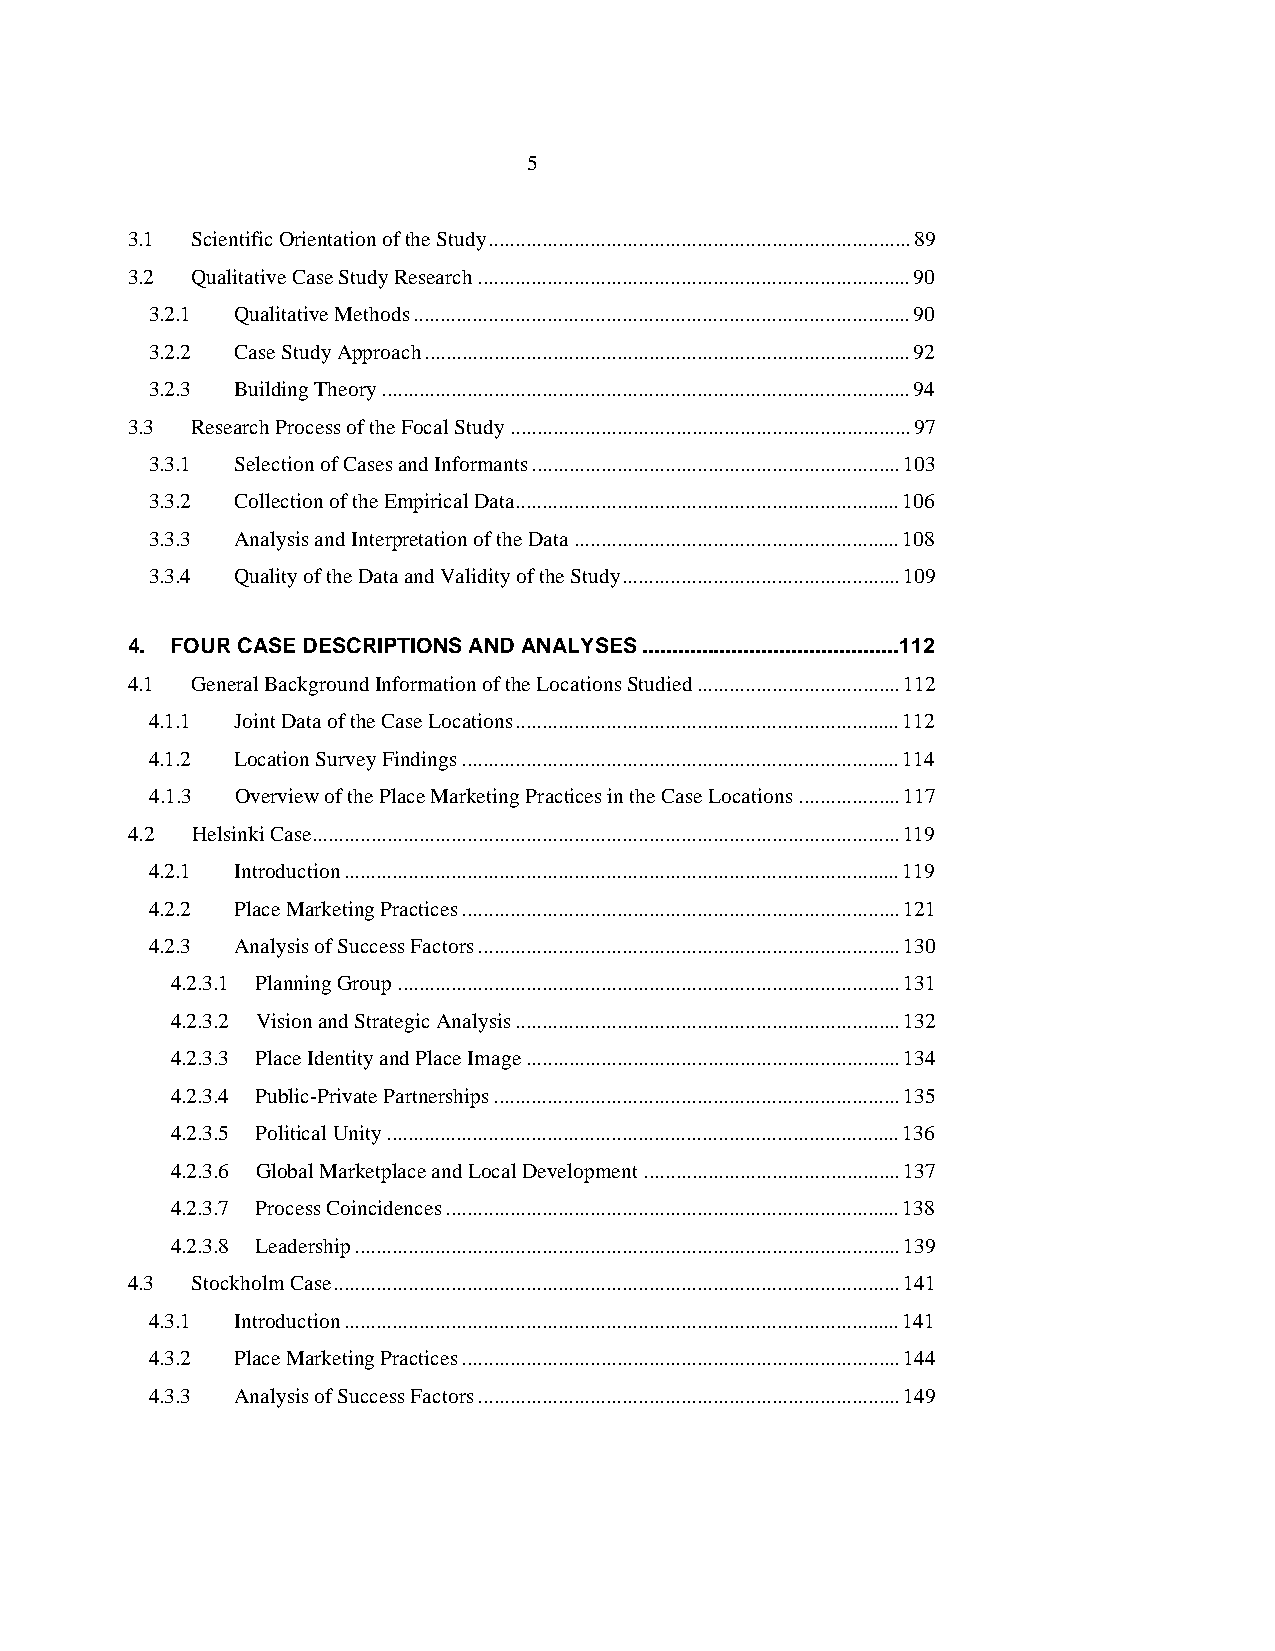
5
 3.1  Scientific Orientation of the Study...............................................................................89
 3.2  Qualitative Case Study Research.................................................................................90
 3.2.1 Qualitative Methods.............................................................................................90
 3.2.2 Case Study Approach...........................................................................................92
 3.2.3 Building Theory...................................................................................................94
 3.3  Research Process of the Focal Study...........................................................................97
 3.3.1 Selection of Cases and Informants.....................................................................103
 3.3.2 Collection of the Empirical Data........................................................................106
 3.3.3 Analysis and Interpretation of the Data.............................................................108
 3.3.4 Quality of the Data and Validity of the Study....................................................109
 4. FOUR CASE DESCRIPTIONS AND ANALYSES...........................................112
 4.1  General Background Information of the Locations Studied......................................112
 4.1.1 Joint Data of the Case Locations........................................................................112
 4.1.2 Location Survey Findings..................................................................................114
 4.1.3 Overview of the Place Marketing Practices in the Case Locations...................117
 4.2  Helsinki Case..............................................................................................................119
 4.2.1 Introduction........................................................................................................119
 4.2.2 Place Marketing Practices..................................................................................121
 4.2.3 Analysis of Success Factors...............................................................................130
 4.2.3.1 Planning Group..............................................................................................131
 4.2.3.2 Vision and Strategic Analysis........................................................................132
 4.2.3.3 Place Identity and Place Image......................................................................134
 4.2.3.4 Public-Private Partnerships............................................................................135
 4.2.3.5 Political Unity................................................................................................136
 4.2.3.6 Global Marketplace and Local Development................................................137
 4.2.3.7 Process Coincidences.....................................................................................138
 4.2.3.8 Leadership......................................................................................................139
 4.3  Stockholm Case..........................................................................................................141
 4.3.1 Introduction........................................................................................................141
 4.3.2 Place Marketing Practices..................................................................................144
 4.3.3 Analysis of Success Factors...............................................................................149